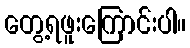
တွေ့ရဖူးကြောင်းပါ။